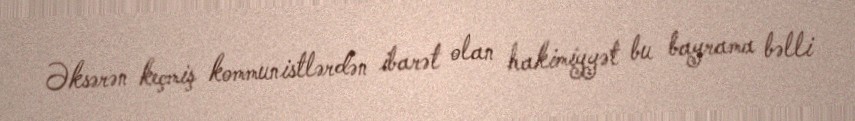
Əksərən keçmiş kommunistlərdən ibarət olan hakimiyyət bu bayrama bəlli